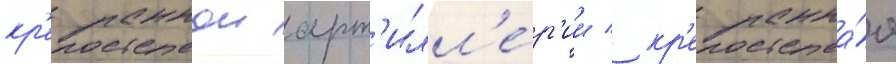
кр'епостнои арт'илл'е́р'ии / кр'епостна́я